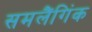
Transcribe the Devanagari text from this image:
समलैंगिंक